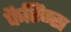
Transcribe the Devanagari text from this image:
फैरिंग्स